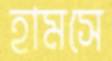
হামসে